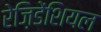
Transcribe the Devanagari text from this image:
रेज़िडेंशियल